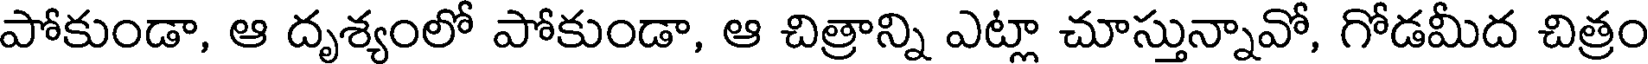
పోకుండా, ఆ దృశ్యంలో పోకుండా, ఆ చిత్రాన్ని ఎట్లా చూస్తున్నావో, గోడమీద చిత్రం